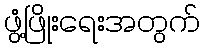
ဖွံ့ဖြိုးရေးအတွက်